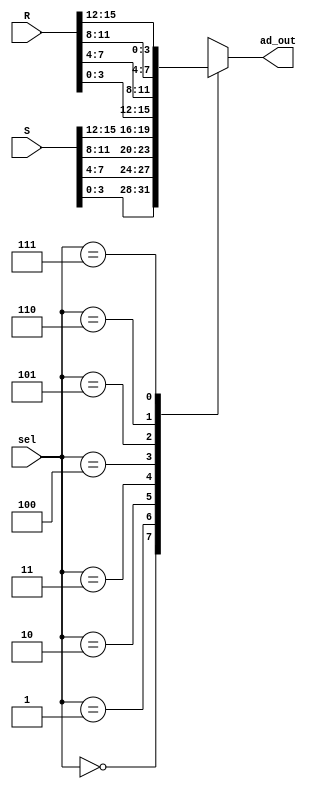
`timescale 1ns / 1ps
//////////////////////////////////////////////////////////////////////////////////
// File name: ad_mux
// Project: Lab 5
// Designer: Vinh Vu & Zachery Takkesh
// Rev. Date: Mar. 15, 2018
//
// Purpose: This mux will select what D_out will be, based
// on the select signal which comes from the pixel controller
// to display a hex value from 0 to F. The S is controlled
// by what anode is active at the time.
//
//////////////////////////////////////////////////////////////////////////////////
module ad_mux(sel, R, S, ad_out);

	// Select chooses which input will be assign to the output
	input      [2:0]  sel;
	
	// 16-bit intputs that have 4 sets of 4 bits for every data from the ram 
	input      [15:0]  R, S;
	
	// The output carries the addr based on the value of S
	output reg [3:0]  ad_out;
	
	// Always block is executed based on any changes from S, S
	// and/or R. The case statement is solely based on the value
	// of S. 
	always @ (sel , R , S) begin
			case (sel)
			
				// anode[0], lowest nibble of data out of the RAM
				3'b000: ad_out = S [3:0] ;
				
				// anode[1], the next nibble of data out of RAM
				3'b001: ad_out = S [7:4] ;
				
				// anode[2], the next nibggle of data out of RAM
				3'b010: ad_out = S [11:8] ;
				
				// anode[3], the highest nibble of data out of RAM
				3'b011: ad_out = S [15:12] ;
				
				// anode[4], the lowest nibble from [3:0]
				3'b100: ad_out = R [3:0] ;
				
				// anode[5], the next nibble from [7:4]
				3'b101: ad_out = R [7:4];
				
				// anode[6], the next nibble from [11:8]
				3'b110: ad_out = R [11:8];
				
				// anode [7], the higest nibble from [15:12]
				3'b111: ad_out = R [15:12];
				
				// default case for hex to be 0 
				default: ad_out = 4'b0000;
				
			endcase // end of case statement 
		
		end // end of always block 
endmodule // end of 8-1 mux